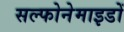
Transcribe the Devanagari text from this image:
सल्फोनेमाइडों